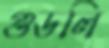
গুডলি